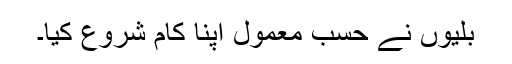
بلّیوں نے حسبِ معمول اپنا کام شروع کیا۔